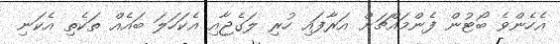
އެހެންވެ ބޯޓުން ފެންމައްޗަށް އަރާފައި ހުރި ލަގެޖާއި އެކަހަލަ ބައެއް ތަކެތި އެކަނި